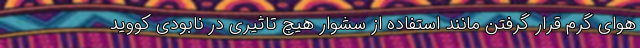
هوای گرم قرار گرفتن مانند استفاده از سشوار هیچ تاثیری در نابودی کووید